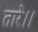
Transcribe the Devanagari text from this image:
तारे।।